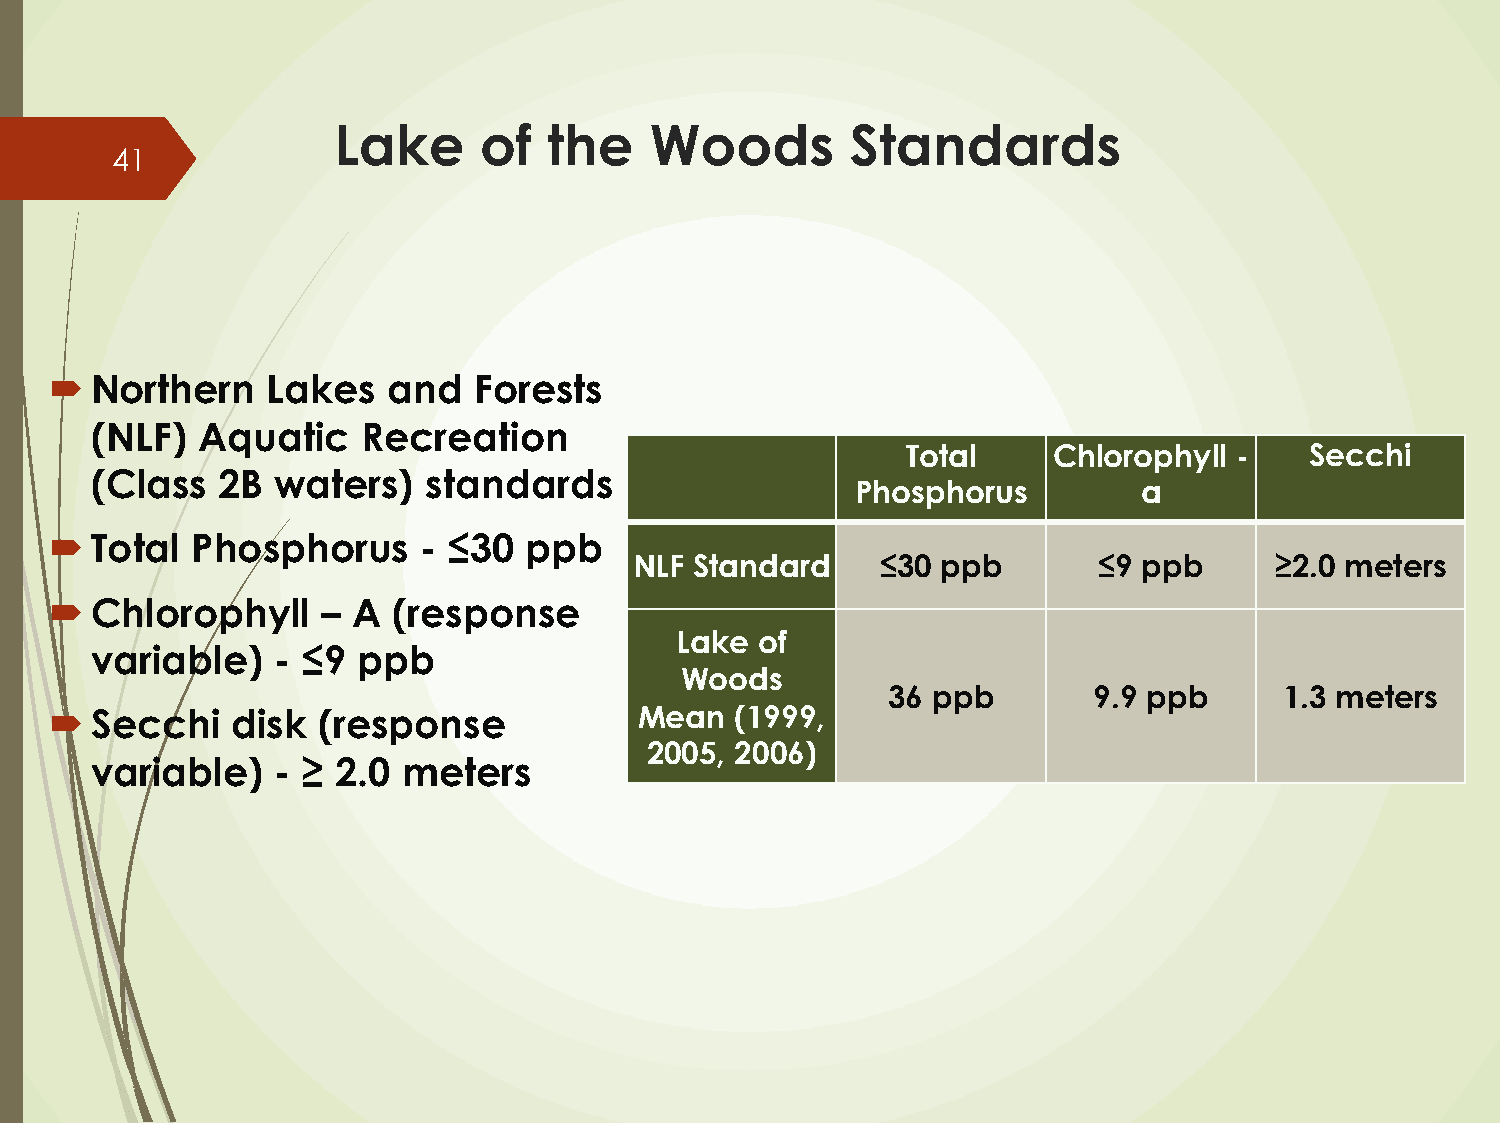
Lake      of  the    Woods        Standards
 41
   Northern    Lakes   and  Forests
 (NLF)  Aquatic    Recreation
 Total     Chlorophyll -    Secchi
 (Class  2B  waters)   standards
 Phosphorus         a
   Total  Phosphorus     - ≤30  ppb
 NLF Standard    ≤30 ppb        ≤9 ppb     ≥2.0 meters
   Chlorophyll    – A  (response
 Lake of
 variable)   - ≤9  ppb
 Woods
 36 ppb       9.9 ppb      1.3 meters
   Secchi   disk  (response            Mean   (1999,
 2005, 2006)
 variable)   - ≥ 2.0  meters